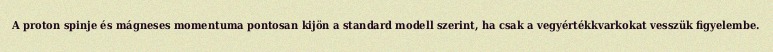
A proton spinje és mágneses momentuma pontosan kijön a standard modell szerint, ha csak a vegyértékkvarkokat vesszük figyelembe.